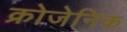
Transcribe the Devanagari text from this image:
क्रोजेनिक